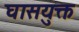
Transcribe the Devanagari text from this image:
घासयुक्त